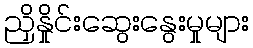
ညှိနှိုင်းဆွေးနွေးမှုများ